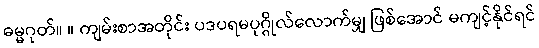
ဓမ္မဂုတ်။ ။ ကျမ်းစာအတိုင်း ပဒပရမပုဂ္ဂိုလ်လောက်မျှ ဖြစ်အောင် မကျင့်နိုင်ရင်